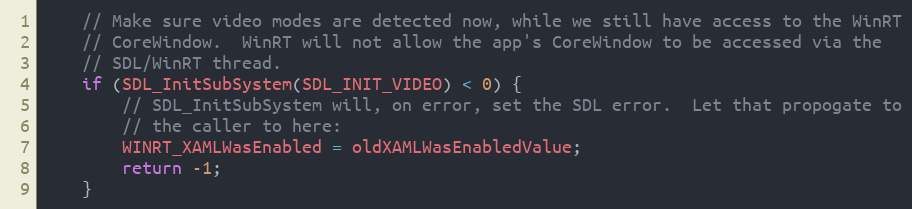
Language: C++
    // Make sure video modes are detected now, while we still have access to the WinRT
    // CoreWindow.  WinRT will not allow the app's CoreWindow to be accessed via the
    // SDL/WinRT thread.
    if (SDL_InitSubSystem(SDL_INIT_VIDEO) < 0) {
        // SDL_InitSubSystem will, on error, set the SDL error.  Let that propogate to
        // the caller to here:
        WINRT_XAMLWasEnabled = oldXAMLWasEnabledValue;
        return -1;
    }